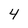
Character: 4